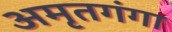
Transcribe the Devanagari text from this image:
अमृतगंगा